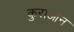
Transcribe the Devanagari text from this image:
कुराआन